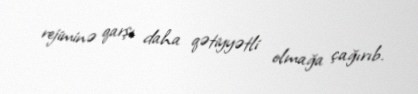
rejiminə qarşı daha qətiyyətli olmağa çağırıb.